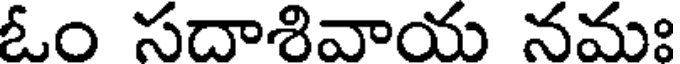
ఓం సదాశివాయ నమః